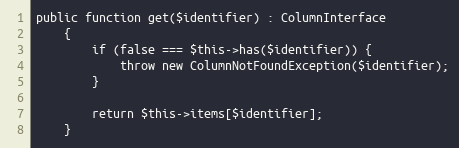
Language: PHP
public function get($identifier) : ColumnInterface
    {
        if (false === $this->has($identifier)) {
            throw new ColumnNotFoundException($identifier);
        }

        return $this->items[$identifier];
    }